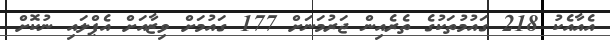
އެއާއެކު 218 ގައުމުތަކުގެ ތެރެއިން ޖަރުމަނަށް 177 ގައުމަށް ވިޒާއަށް އެޕްލައި ނުކޮށް